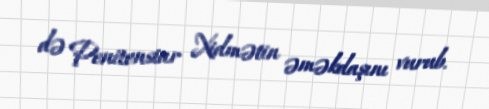
də Penitensiar Xidmətin əməkdaşını vurub.